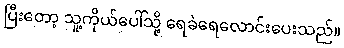
ပြီးတော့ သူ့ကိုယ်ပေါ်သို့ ရေခဲရေလောင်းပေးသည်။